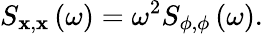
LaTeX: S_{\mathbf{x},\mathbf{x}}\left(\omega\right)=\omega^{2}S_{\phi,\phi}\left(\omega\right).